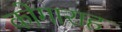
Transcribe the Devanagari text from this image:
कोगाराह